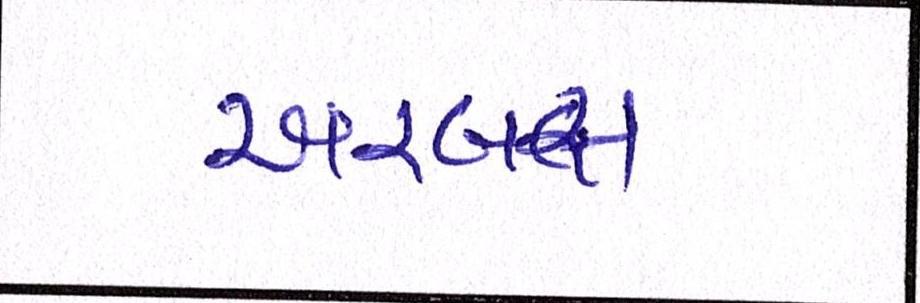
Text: એરબસ